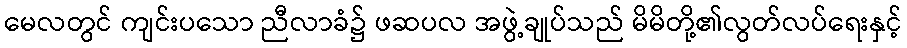
မေလတွင် ကျင်းပသော ညီလာခံ၌ ဖဆပလ အဖွဲ့ချုပ်သည် မိမိတို့၏လွတ်လပ်ရေးနှင့်